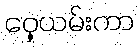
ဝှေ့ယမ်းကာ